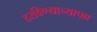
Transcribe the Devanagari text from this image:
ठरविण्याच्यापाा